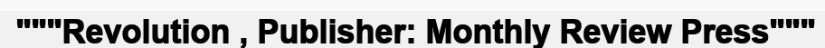
"""Revolution , Publisher: Monthly Review Press"""